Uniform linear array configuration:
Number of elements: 24
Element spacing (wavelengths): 1
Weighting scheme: exponential
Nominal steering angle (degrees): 0
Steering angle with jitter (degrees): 0.3867
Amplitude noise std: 0.05
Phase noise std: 0.05

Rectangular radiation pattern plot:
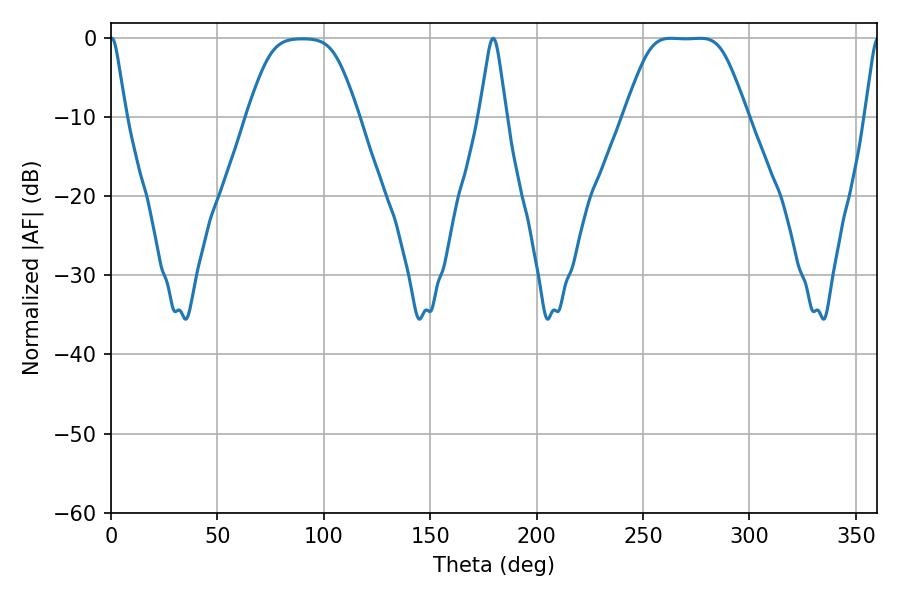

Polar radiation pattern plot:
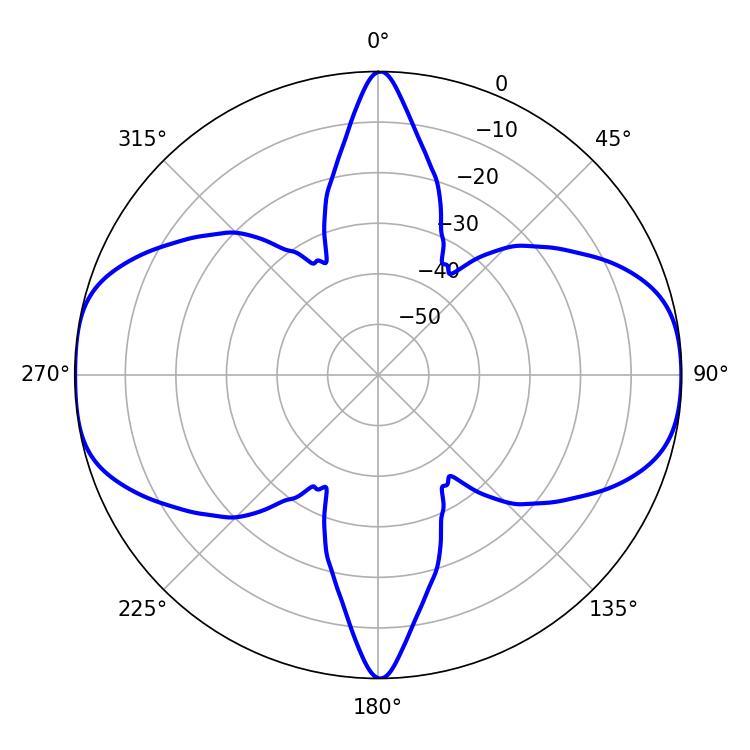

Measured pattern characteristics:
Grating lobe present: TRUE
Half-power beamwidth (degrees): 39.96
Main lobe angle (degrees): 262.98